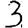
Digit: 3